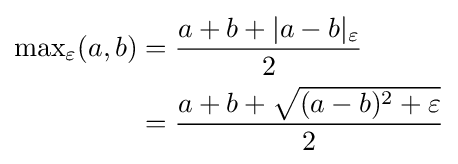
{\begin{aligned}\textstyle \max _{\varepsilon }(a,b)&={\frac {a+b+|a-b|_{\varepsilon }}{2}}\\&={\frac {a+b+{\sqrt {(a-b)^{2}+\varepsilon }}}{2}}\end{aligned}}